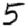
Digit: 5